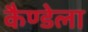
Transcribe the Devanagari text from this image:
कैण्डेला